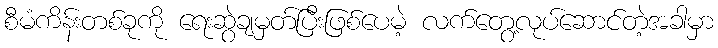
စီမံကိန်းတစ်ခုကို ရေးဆွဲချမှတ်ပြီးဖြစ်ပေမဲ့ လက်တွေ့လုပ်ဆောင်တဲ့အခါမှာ